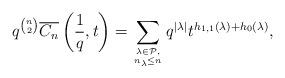
LaTeX: \begin{align*}q^{{n \choose 2}} \overline{C_n} \left(\frac{1}{q},t \right) = \sum_{\lambda \in \mathcal{P}, \atop n_\lambda \leq n} q^{|\lambda|} t^{h_{1,1}(\lambda) + h_0(\lambda)},\end{align*}